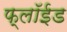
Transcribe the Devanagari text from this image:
फ्लॉईड